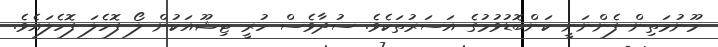
މޫނުމަތިން ފެންނަނީ ކަންބޮޑުވުމުގެ އަސަރުތަކެވެ. ސުދާވެސް ހުރީ ޓިޝޫއަކުން ލޯ ފޮހެލަ ފޮހެލައެވެ.